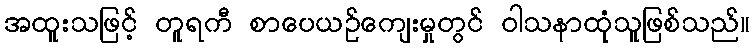
အထူးသဖြင့် တူရကီ စာပေယဉ်ကျေးမှုတွင် ဝါသနာထုံသူဖြစ်သည်။